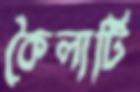
কৈলাটি